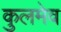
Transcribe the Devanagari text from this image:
कुलमेव